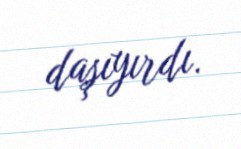
daşıyırdı.